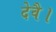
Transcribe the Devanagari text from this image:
देवै।